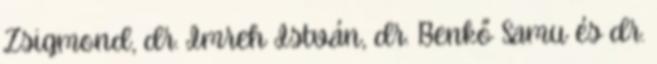
Zsigmond, dr. Imreh István, dr. Benkő Samu és dr.